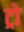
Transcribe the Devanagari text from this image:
ट्रो